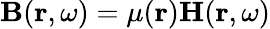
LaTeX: \mathbf{B}(\mathbf{r},\omega)=\mu(\mathbf{r})\mathbf{H}(\mathbf{r},\omega)